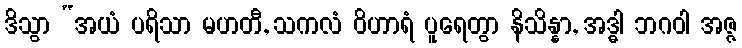
ဒိသွာ “အယံ ပရိသာ မဟတီ, သကလံ ဝိဟာရံ ပူရေတွာ နိသိန္နာ, အဒ္ဓါ ဘဂဝါ အဇ္ဇ